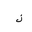
Letter: _thal